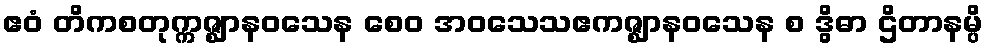
ဧဝံ တိကစတုက္ကဇ္ဈာနဝသေန စေဝ အဝသေသဧကဇ္ဈာနဝသေန စ ဒွိဓာ ဌိတာနမ္ပိ